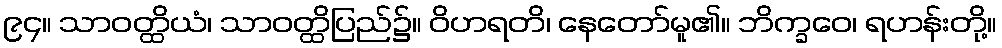
၉၄။ သာဝတ္ထိယံ၊ သာဝတ္ထိပြည်၌။ ဝိဟရတိ၊ နေတော်မူ၏။ ဘိက္ခဝေ၊ ရဟန်းတို့။